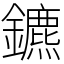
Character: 鑣